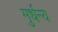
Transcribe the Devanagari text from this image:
मुर्धन्य